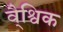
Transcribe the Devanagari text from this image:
वै्श्विक